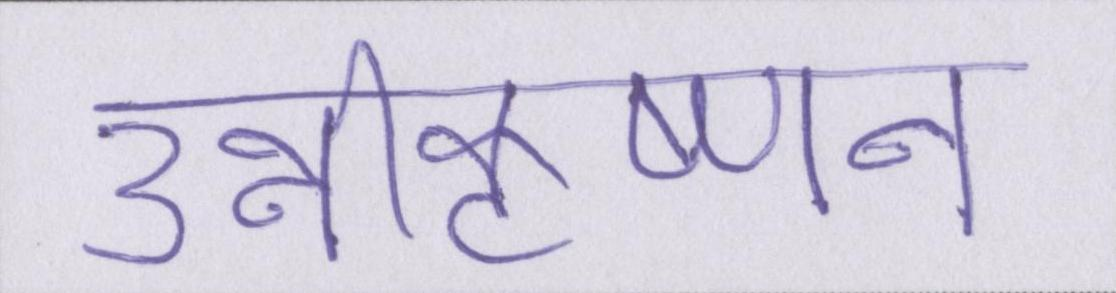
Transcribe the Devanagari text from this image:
उन्नीकृष्णन